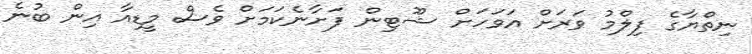
ނިތްޔާގެ ފިލްމު ވަރަށް އަވަހަށް ޝޫޓިން ފަށާނެކަމަށް ވެސް މީޑިއާ އިން ބުނެ